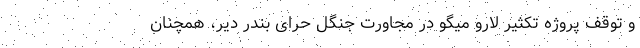
و توقف پروژه تکثیر لارو میگو در مجاورت جنگل حرّای بندر دیّر، همچنان